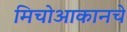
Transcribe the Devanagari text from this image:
मिचोआकानचे